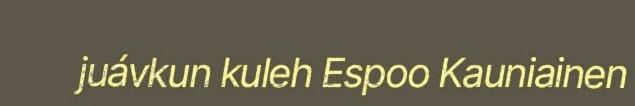
juávkun kuleh Espoo Kauniainen